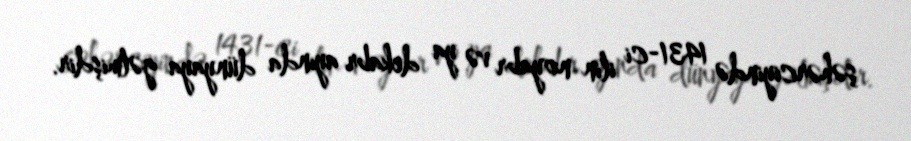
şəhərciyində 1431-ci ilin noyabr və ya dekabr ayında dünyaya gəlmişdir.